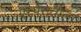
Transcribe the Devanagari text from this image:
एस्पेरांतोला